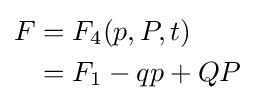
{\begin{aligned}F&=F_{4}(p,P,t)\\&=F_{1}-qp+QP\end{aligned}}